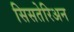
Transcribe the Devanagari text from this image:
सिसतेरिअन